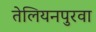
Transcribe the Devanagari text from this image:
तेलियनपुरवा